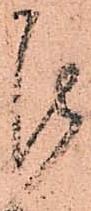
罷